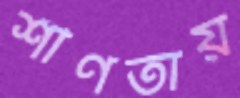
শীর্ণতায়